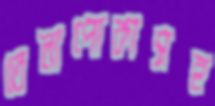
তেলাপোকাসহ